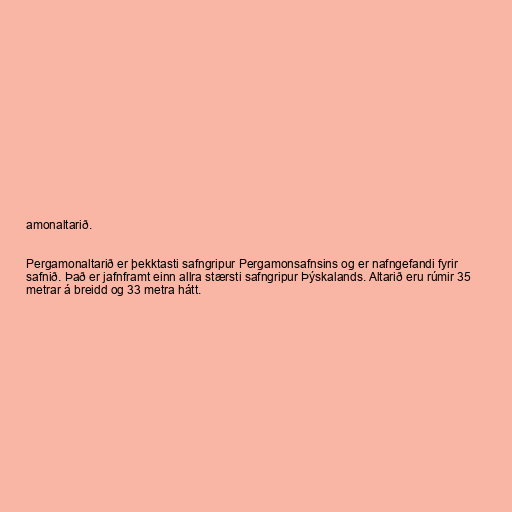
amonaltarið.

Pergamonaltarið er þekktasti safngripur Pergamonsafnsins og er nafngefandi fyrir
safnið. Það er jafnframt einn allra stærsti safngripur Þýskalands. Altarið eru rúmir 35
metrar á breidd og 33 metra hátt.